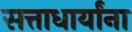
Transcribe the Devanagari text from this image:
सत्ताधार्यांना